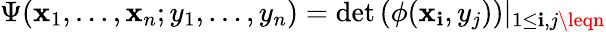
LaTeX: \Psi(\mathbf{x}_{1},\ldots,\mathbf{x}_{n};y_{1},\ldots,y_{n})=\operatorname*{det}\left(\phi(\mathbf{x}_{\mathbf{i}},y_{j})\right)|_{1\leq\mathbf{i},j\leqn}